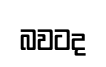
බවටද